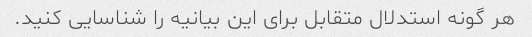
هر گونه استدلال متقابل برای این بیانیه را شناسایی کنید.